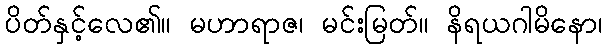
ပိတ်နှင့်လေ၏။ မဟာရာဇ၊ မင်းမြတ်။ နိရယဂါမိနော၊